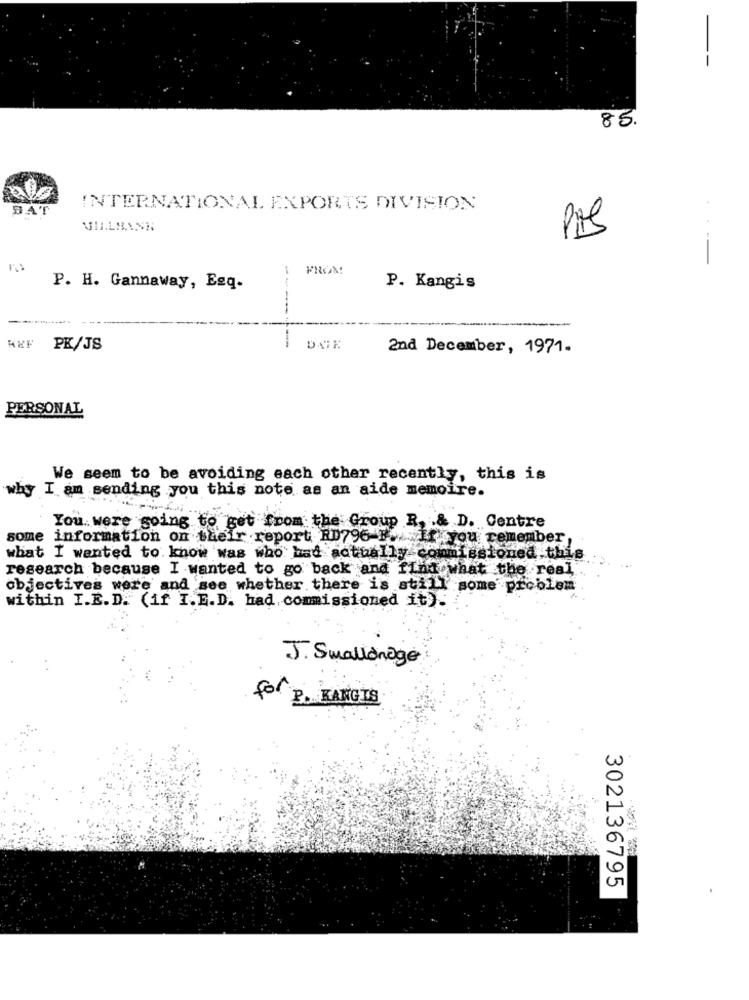
85.
BAT
INTERNATIONAL EXPORTS DIVISION
PAS
FROM!
P. H. Gannaway, Esq.
P. Kangis
-----
PK/JS
DATE
2nd December, 1971.
PERSONAL
We seem to be avoiding each other recently, this is
why I am sending you this note as an aide memoire.
You were going to get from the Group R. . & D. Centre
some information on their report RD796 F.If you remember,
what I wanted to know was who had actually commissioned this
research because I wanted to go back and find what the real
objectives were and see whether there is still some problem
within I.E.D. (if I.E.D. had commissioned it).
J. Swallonage
for P. BANGIS
302136795